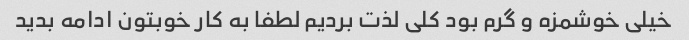
خیلی خوشمزه و گرم بود کلی لذت بردیم لطفا به کار خوبتون ادامه بدید